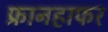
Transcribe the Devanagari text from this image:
फ्रानहाफर